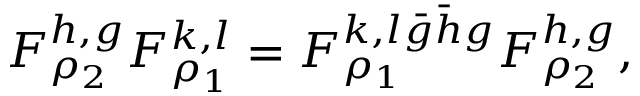
F _ { \rho _ { 2 } } ^ { h , g } F _ { \rho _ { 1 } } ^ { k , l } = F _ { \rho _ { 1 } } ^ { k , l \bar { g } \bar { h } g } F _ { \rho _ { 2 } } ^ { h , g } ,